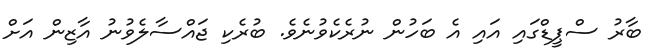
ބާރު ސްޕީޑްގައި އައި އެ ބަހުން ނުރެކެވުނެވެ. ބުރެކި ޖައްސާލެވުނު އާޒިން އަށް